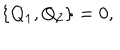
\{ Q _ { 1 } , Q _ { 2 } \} = 0 ,